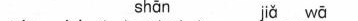
shān jiǎ wā